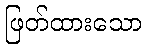
ဖြတ်ထားသော